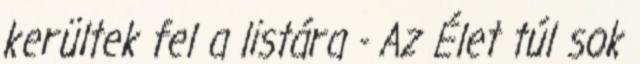
kerültek fel a listára - Az Élet túl sok